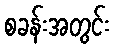
စခန်းအတွင်း